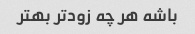
باشه هر چه زودتر بهتر